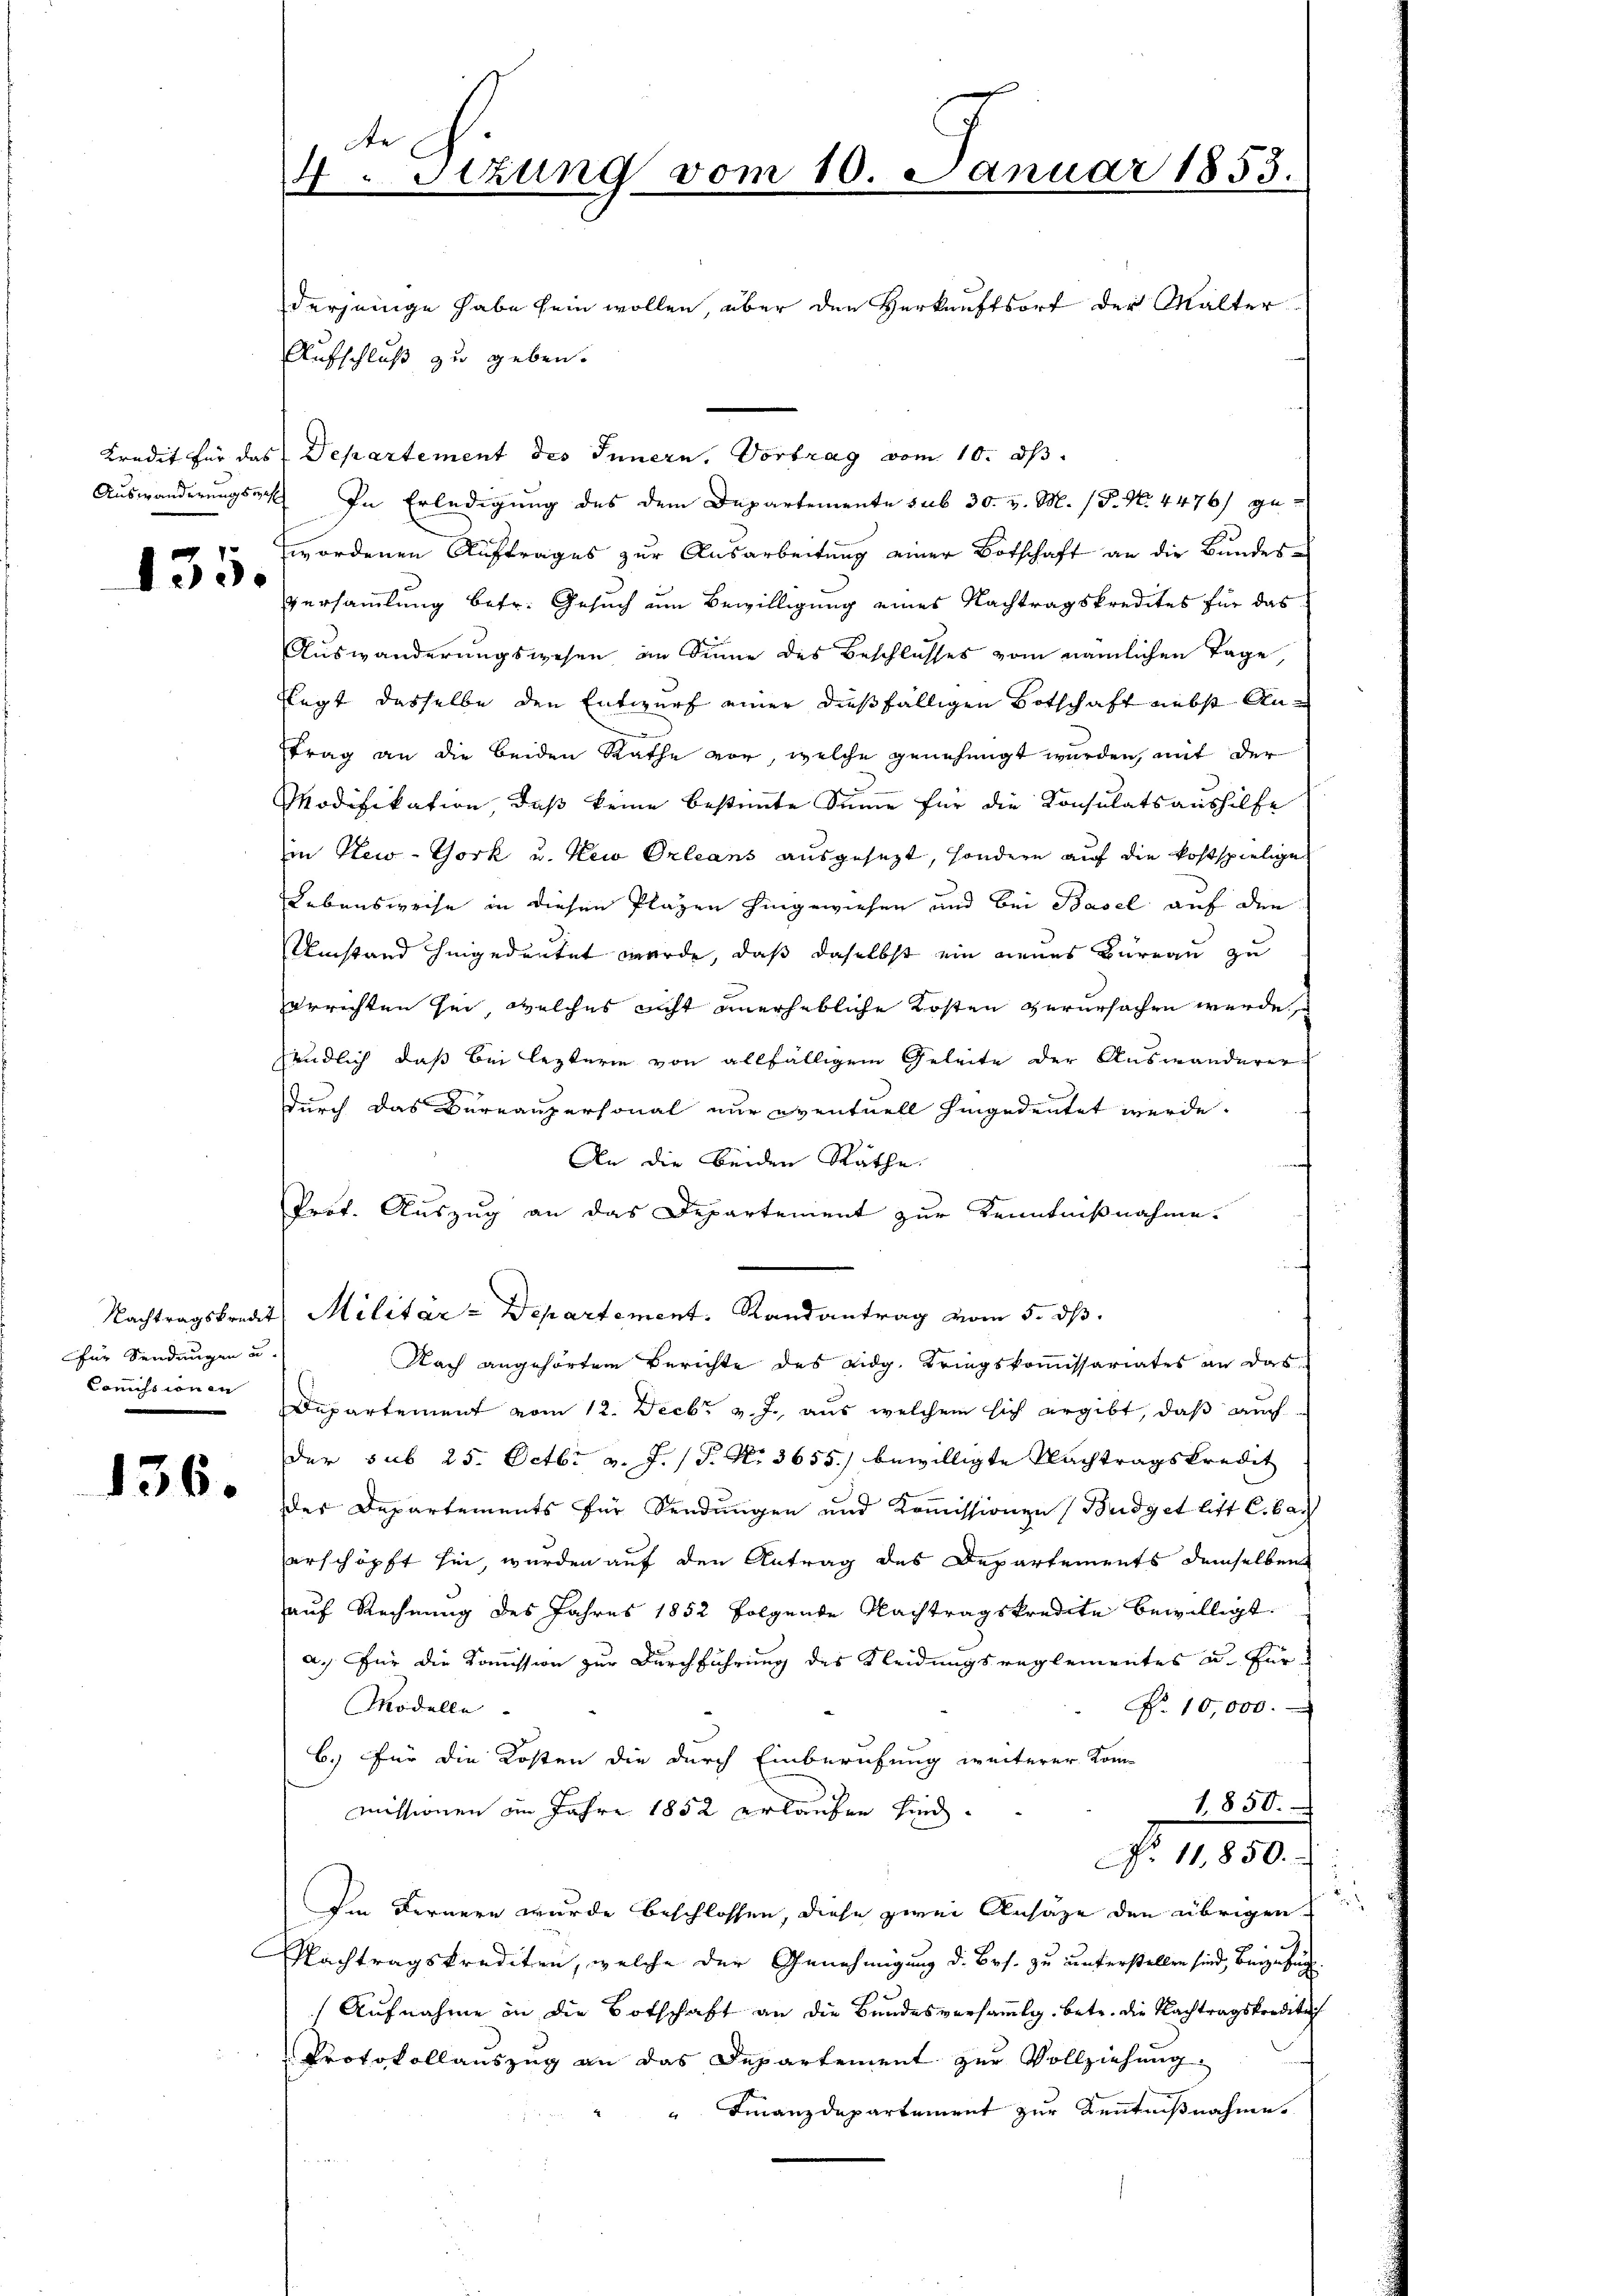
130.

für Sendungen u.
Commissionen

Aufschluß zu geben.
Kredit für das Departement des Innern. Vortrag vom 10. ds.
Auswanderungsart. In Erledigung des dem Departemente sub 30. v. M. (P. Nr. 4476) ge-
" wordenen Auftrages zur Ausarbeitung einer Botschaft an die Bundes¬
Versammlung betr. Gesuch um Bewilligung eines Nachtragskredites für das
Auswanderungswesen im Sinne des Beschlusses vom nämlichen Tage
Rlegt dasselbe den Entwurf einer dießfälligen Botschaft nebst An¬
.
trag an die beiden Rathe vor, welche genehmigt werden, mit der
Modifikation, daß keine bestimmte Summe für die Konsulats aushilfe
in New-York u. Sei Orleans ausgesezt, sondern auf die kostspielige
Lebensweise in diesen Plazen hingewiesen und bei Basel auf den
Umstand hingedeutet werde, daß daselbst ein neues Büreau zu
errichten sei, welches nicht unerhebliche Kosten verursachen werde,
endlich, daß bei leztere von allfälligem Geleite der Auswanderer
durch das Bureaupersonal nur eventuell hingedeutet werde.
An die beiden Räthe
Prof. Auszug an das Departement zur Kenntnißnahme.
Nachtragskredit, Militär-Departement, Randantrag vom 5. ds.
Nach angehörtem Berichte des eidg. Kriegskommissariates an das
Departement vom 12. Decbr v. J., aus welchem sich ergibt, daß auch
der sub 25. Octbr. v. J. (T. No. 3655) bewilligte Nachtragskredit
 56 der Departements für Sendungen und Kommissionen Budget leist Cibach
erschöpft hin, wurden auf den Antrag des Departements demselben
auf Rechnung des Jahres 1852 folgende Nachtragskredite bewilligt.
a. Für die Kommission zur Durchführung des Kleidungsreglementes u. für
Modelle
Nr. 10,000.
b.) Für die Kosten die durch Einberufung weiterer Kom¬
1.850.
missionen im Jahre 1852 erlaufen sind.
No 11850.
Im Fernern wurde beschlossen, diese zwei Ansätze den übrigen
Nachtragskrediten, welche der Genehmigung d. Brs. zu unterstellen sind, beizufüg
Aufnahme in die Botschaft an die Bundesversammlg. betr. die Nachtragskreditat
Protokollauszug an das Departement zur Vollziehung
" Finanzdepartement zur Kenntnißnahme

4. Sizung vom 10. Januar 1853.
derjenige habe sein wollen, über den Verkauftsort der Walter